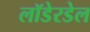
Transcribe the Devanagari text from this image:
लॉडेरडेल